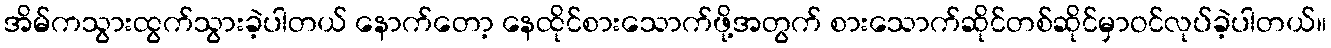
အိမ်ကသွားထွက်သွားခဲ့ပါတယ် နောက်တော့ နေထိုင်စားသောက်ဖို့အတွက် စားသောက်ဆိုင်တစ်ဆိုင်မှာဝင်လုပ်ခဲ့ပါတယ်။